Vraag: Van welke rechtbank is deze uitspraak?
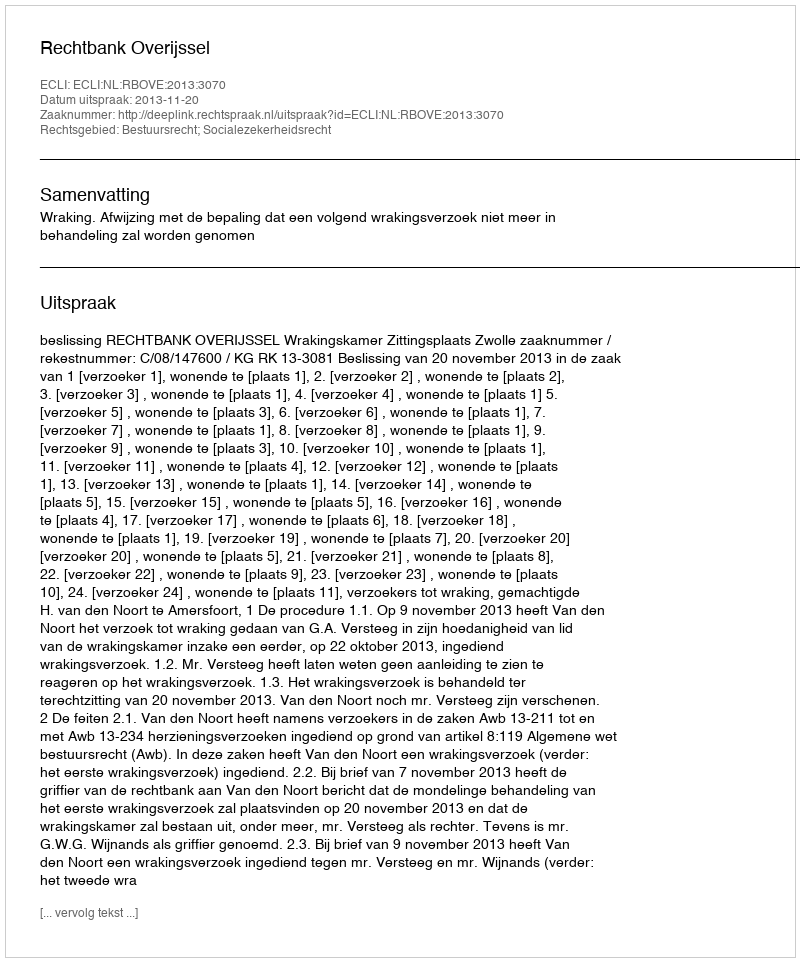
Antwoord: Rechtbank Overijssel